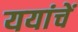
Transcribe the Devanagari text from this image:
ययांचें